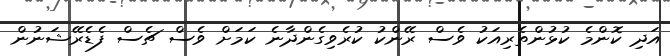
އަދި ކޮންމެ ކުޅުންތެރިއަކު ވެސް ރޭންކު ކުރެވިގެންދާނެ ކަމަށް ވެސް ޗެސް ފެޑެރޭޝަނުން